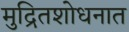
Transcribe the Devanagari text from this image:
मुद्रितशोधनात